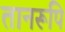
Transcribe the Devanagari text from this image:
तानरूपि